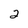
Character: 2